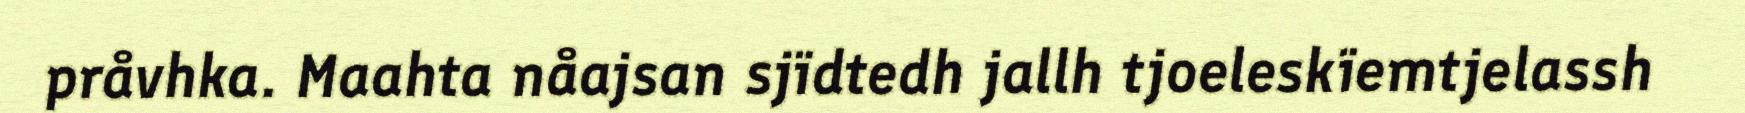
pråvhka. Maahta nåajsan sjïdtedh jallh tjoeleskïemtjelassh